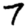
Digit: 7